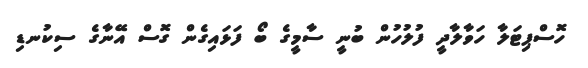
ހޮސްޕިޓަލާ ހަވާލާދީ ފުލުހުން ބުނީ ސާމީގެ ބޯ ފަޅައިގެން ގޮސް އޭނާގެ ސިކުނޑި